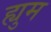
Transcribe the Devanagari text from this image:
ह्युम